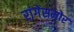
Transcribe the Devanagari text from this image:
रांगेसमोर